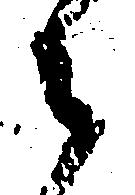
々